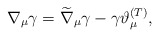
\begin{align*}\nabla _{\mu }\gamma =\widetilde{\nabla }_{\mu }\gamma -\gamma \vartheta_{\mu }^{{\footnotesize (T)}}, \end{align*}